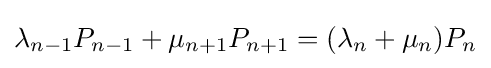
\lambda _{n-1}P_{n-1}+\mu _{n+1}P_{n+1}=(\lambda _{n}+\mu _{n})P_{n}